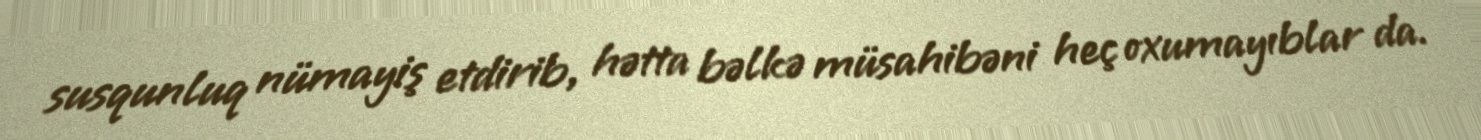
susqunluq nümayiş etdirib, hətta bəlkə müsahibəni heç oxumayıblar da.